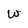
Character: w